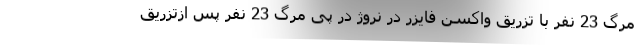
مرگ 23 نفر با تزریق واکسن فایزر در نروژ در پی مرگ 23 نفر پس ازتزریق